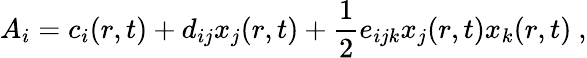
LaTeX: A_{i}=c_{i}(r,t)+d_{ij}x_{j}(r,t)+\frac{1}{2}e_{ijk}x_{j}(r,t)x_{k}(r,t)~,